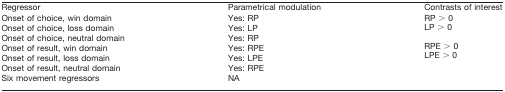
| Regressor | Parametrical modulation | Contrasts of interest |
 | --- | --- | --- |
 | Onset of choice, win domain | Yes: RP | RP > 0 |
 | Onset of choice, loss domain | Yes: LP | LP > 0 |
 | Onset of choice, neutral domain | Yes: RP |  |
 | Onset of result, win domain | Yes: RPE | RPE > 0 |
 | Onset of result, loss domain | Yes: LPE | LPE > 0 |
 | Onset of result, neutral domain | Yes: RPE |  |
 | Six movement regressors | NA |  |